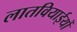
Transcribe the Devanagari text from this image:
लातवियाईयों